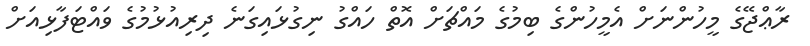
ރާޢްޖޭގެ މީހުންނަށް އެމީހުންގެ ބިމުގެ މައްޗަށް އޮތް ހައްގު ނިގުޅައިގަނެ ދިރިއުޅުމުގެ ވައްޓަފާޅިއަށް